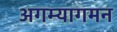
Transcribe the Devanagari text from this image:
अगम्यागमन